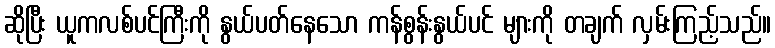
ဆိုပြီး ယူကလစ်ပင်ကြီးကို နွယ်ပတ်နေသော ကန်စွန်းနွယ်ပင် များကို တချက် လှမ်းကြည့်သည်။